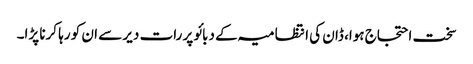
سخت احتجاج ہوا، ڈان کی انتظامیہ کے دبائو پر رات دیر سے ان کو رہا کرنا پڑا۔